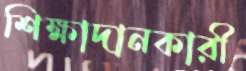
শিক্ষাদানকারী